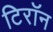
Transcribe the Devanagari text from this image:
टिरॉन